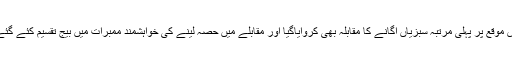
اس موقع پر پہلی مرتبہ سبزیاں اگانے کا مقابلہ بھی کروایاگیا اور مقابلے میں حصہ لینے کی خواہشمند ممبرات میں بیج تقسیم کئے گئے۔